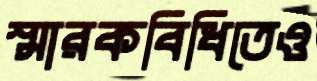
স্মারকবিধিতেও